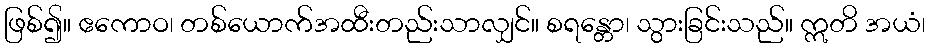
ဖြစ်၍။ ဧကောဝ၊ တစ်ယောက်အထီးတည်းသာလျှင်။ စရန္တော၊ သွားခြင်းသည်။ ဣတိ အယံ၊